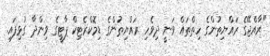
"ރާއްޖޭގެ ރައްޔިތުންގެ ހިތްތައް ވަނީ ދިވެހި ރައްޔިތުންގެ ޑިމޮކްރެޓިކް ޕާޓީގެ ވިންދާ ގުޅިފައި.